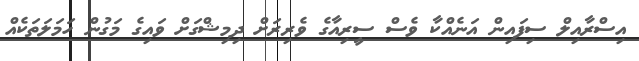
އިސްރާއިލް ސިފައިން އަނެއްކާ ވެސް ސީރިއާގެ ވެރިރަށް ދިމިޝްގަށް ވައިގެ މަގުން ހަމަލަތަކެއް